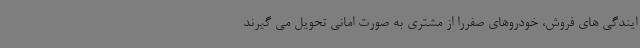
ایندگی های فروش، خودروهای صفررا از مشتری به صورت امانی تحویل می گیرند